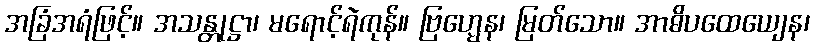
အခြံအရံဖြင့်။ အသန္တုဋ္ဌာ၊ မရောင့်ရဲကုန်။ ဗြဟ္မေန၊ မြတ်သော။ အာဓိပထေယျေန၊